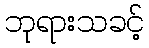
ဘုရားသခင့်